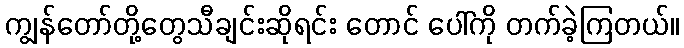
ကျွန်တော်တို့တွေသီချင်းဆိုရင်း တောင် ပေါ်ကို တက်ခဲ့ကြတယ်။